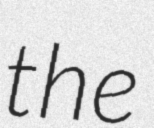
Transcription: the